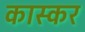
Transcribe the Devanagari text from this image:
कास्कर